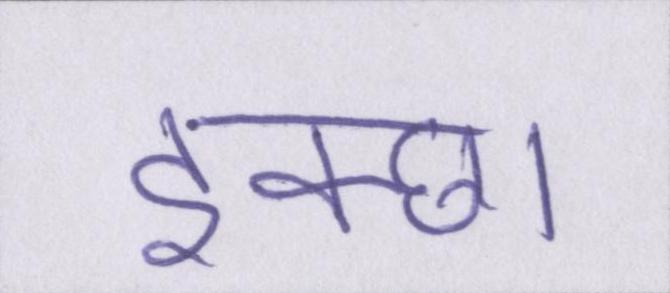
इक्छा